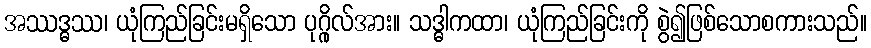
အဿဒ္ဓဿ၊ ယုံကြည်ခြင်းမရှိသော ပုဂ္ဂိုလ်အား။ သဒ္ဓါကထာ၊ ယုံကြည်ခြင်းကို စွဲ၍ဖြစ်သောစကားသည်။